Annual returns of the Patna Lunatic Asylum at Bankipore in Bihar and Orissa - 1912-1924
Year: 1912
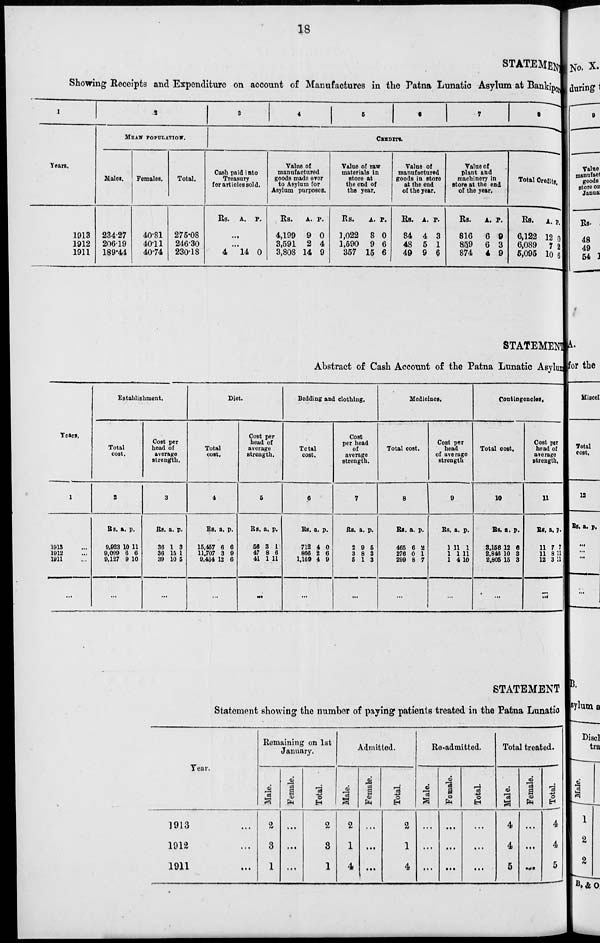
18
STATEMENT
Showing Receipts and Expenditure on account of Manufactures in the Patna Lunatic Asylum at Bankipor
1
Years.
1913
1912
1911
2
MEAN POPULATION.
Males.
234.27
206.19
189.44
Females.
40.81
40.11
40.74
Total.
275.08
246.30
230.18
3
4
5
6
7
8
CREDITS.
Cash paid into
Treasury
for articles sold.
Rs. A. P.
...
...
4 14 0
Value of
manufactured
goods made over
to Asylum for
Asylum purposes.
Rs.
4,199
3,591
3,808
A.
9
2
14
P.
0
4
9
Value of raw
materials in
store at
the end of
the year.
Rs.
1,022
1,590
357
A.
8
9
15
P.
0
6
6
Value of
manufactured
goods in store
at the end
of the year.
Rs.
84
48
49
A.
4
5
9
P.
3
1
6
Value of
plant and
machinery in
store at the end
of the year.
Rs.
816
859
874
A.
6
6
4
P.
9
3
9
Total Credits.
Rs.
6,122
6,089
5,095
A.
12
7
10
P.
0
2
6
STATEMENT
Abstract of Cash Account of the Patna Lunatic Asylum
Years.
1
1913 ...
1912 ...
1911 ...
...
Establishment.
Total
cost.
2
Rs.
9,923
9,099
9,127
a.
10
6
9
p.
11
6
10
...
Cost per
head of
average
strength.
3
Rs.
36
36
39
a.
1
15
10
p.
3
1
5
...
Diet.
Total
cost.
4
Rs.
15,457
11,707
9,404
a.
6
3
12
p.
6
9
6
...
Cost per
head of
average
strength.
5
Rs.
56
47
41
a.
3
8
1
p.
1
6
11
...
Bedding and clothing.
Total
cost.
6
Rs.
712
866
1,169
a.
4
2
4
p.
0
6
9
...
Cost
per head
of
average
strength.
7
Rs.
2
3
5
a.
9
8
1
p.
5
3
3
...
Medicines.
Total cost.
8
RS.
465
276
299
a.
6
0
8
p.
2
1
7
...
Cost per
head
of average
strength
9
Rs.
1
1
1
a.
11
1
4
p.
1
11
10
...
Contingencies.
Total cost.
10
Rs.
3,156
2,846
2,805
a.
12
10
15
p.
6
3
3
...
Cost per
head of
average
strength.
11
Rs.
11
11
12
a.
7
8
3
p.
7
11
11
...
STATEMENT
Statement showing the number of paying patients treated in the Patna Lunatic
Year.
1913 ...
1912 ...
1911 ...
Remaining on 1st
January.
Male.
2
3
1
Female.
...
...
...
Total.
2
3
1
Admitted.
Male.
2
1
4
Female.
...
...
...
Total.
2
1
4
Re-admitted.
Male.
...
...
...
Female.
...
...
...
Total
...
...
...
Total treated.
Male.
4
4
5
Female.
...
...
...
Total.
4
4
5